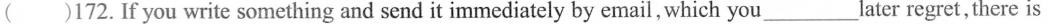
( )172.If you write something and send it immediately by email, which you___later regret,there is